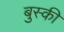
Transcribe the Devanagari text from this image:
बुस्की